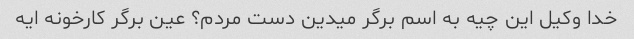
خدا وکیل این چیه به اسم برگر میدین دست مردم؟ عین برگر کارخونه ایه